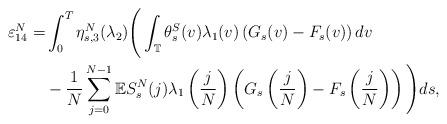
LaTeX: \begin{align*}\varepsilon_{14}^N=&\int_0^T\eta_{s,3}^N(\lambda_2)\Bigg(\int_\mathbb{T}\theta_s^S(v)\lambda_1(v)\left(G_s(v)-F_s(v)\right)dv\\&-\frac{1}{N}\sum_{j=0}^{N-1}\mathbb{E}S_s^N(j)\lambda_1\left(\frac{j}{N}\right)\left(G_s\left(\frac{j}{N}\right)-F_s\left(\frac{j}{N}\right)\right)\Bigg)ds,\end{align*}